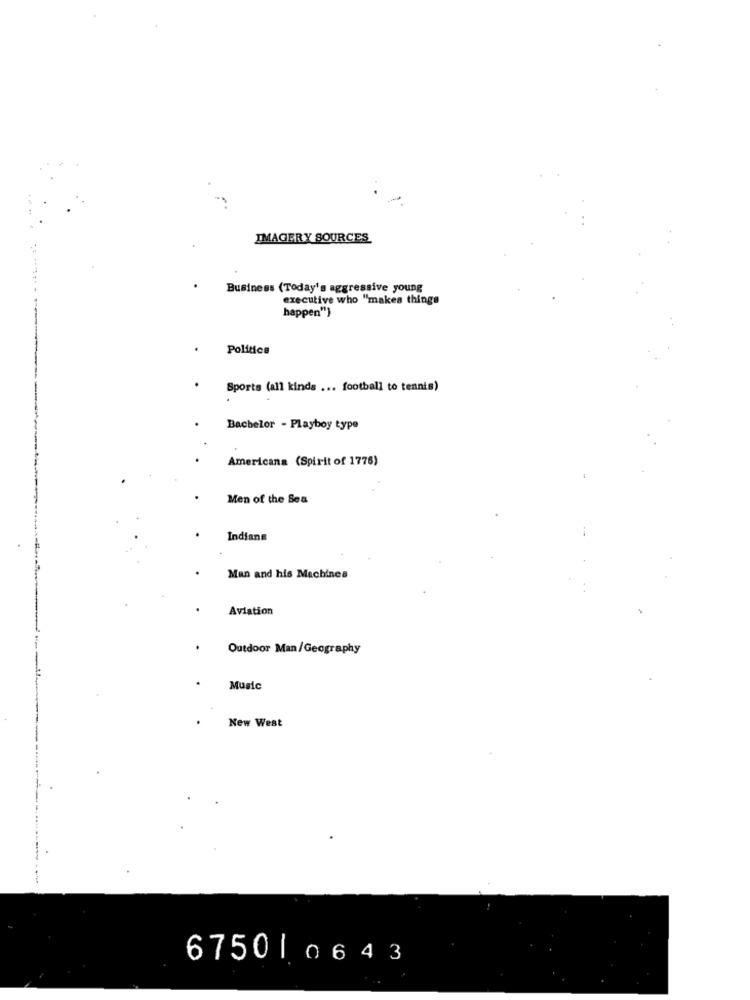
...
IMAGERY SOURCES
Business (Today's aggressive young
executive who "makes things
happen"}
Politics
Sports (all kinds ... football to tennis)
Bachelor - Playboy type
Americana (Spirit of 1776)
Men of the Sea
Indians
Man and his Machines
Aviation
Outdoor Man/Geography
Music
New West
67501 0643